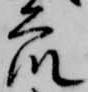
衆